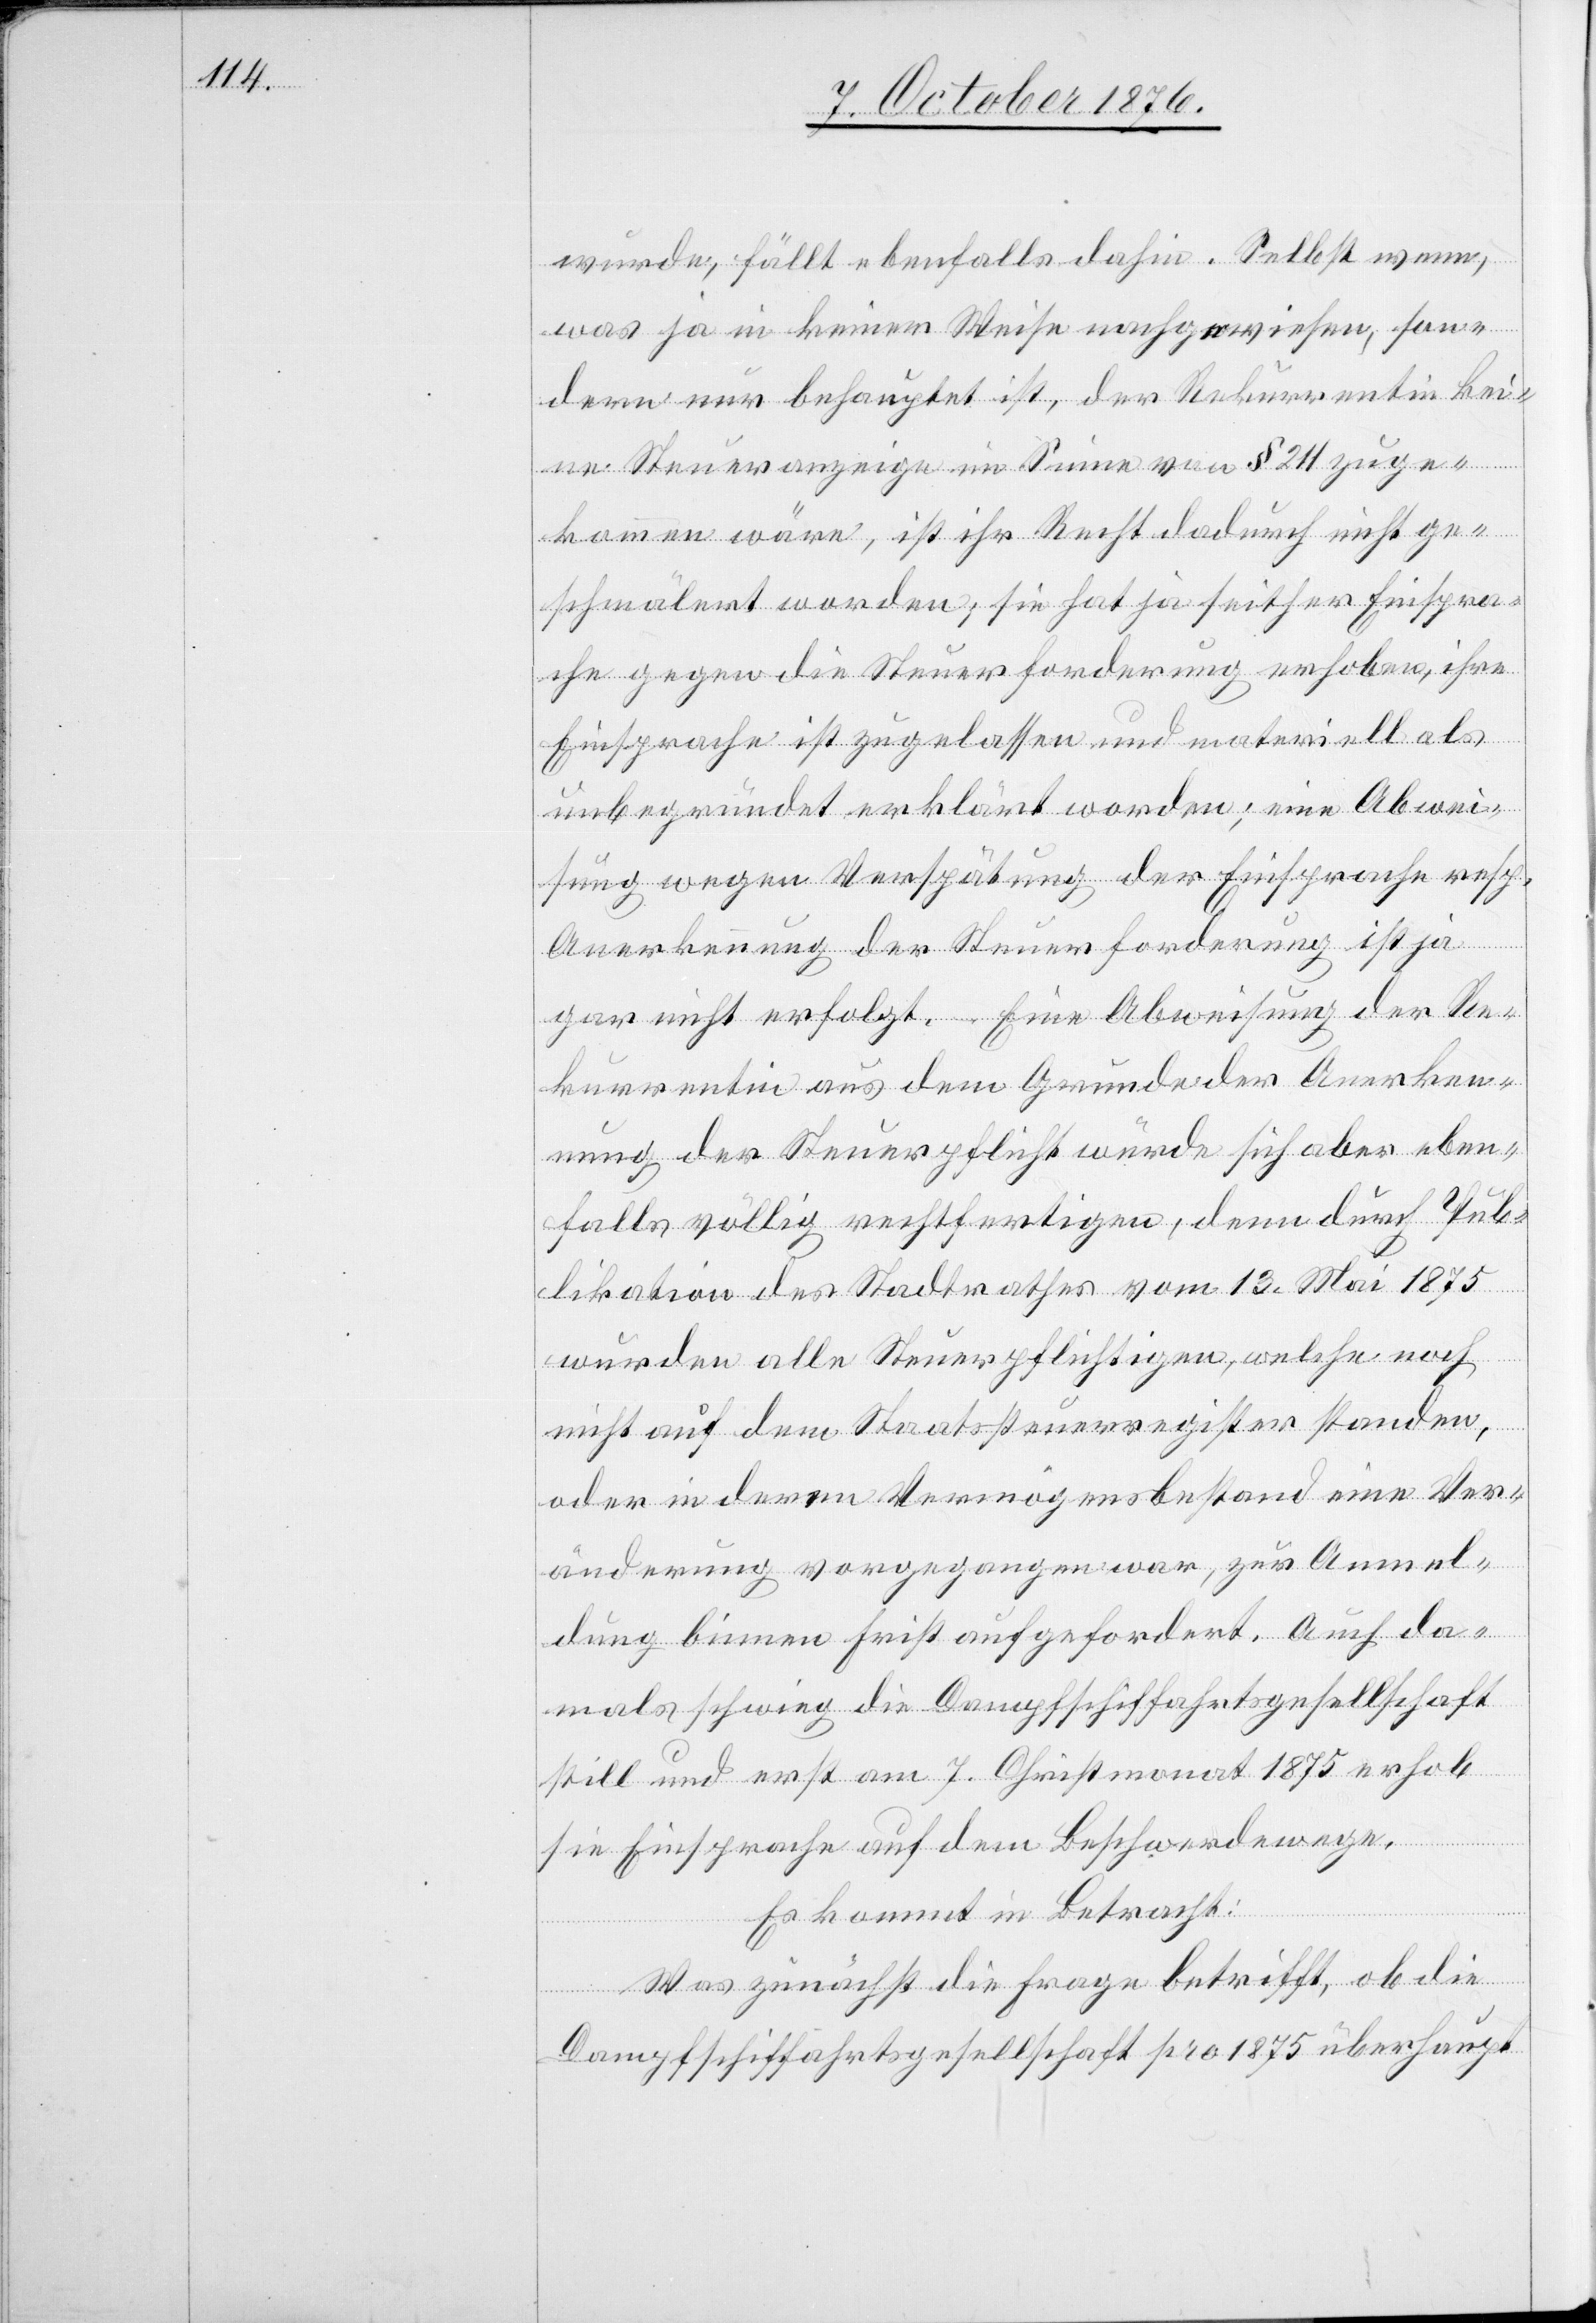
wurde, fällt ebenfalls dahin. Selbst wenn,
was ja in keiner Weise nachgewiesen, son¬
dern nur behauptet ist, der Rekurrentin kei¬
ne Steueranzeige im Sinne von § 211 zuge¬
kommen wäre, ist ihr Recht dadurch nicht ge¬
schmälert worden; sie hat ja seither Einspra¬
che gegen die Steuerforderung erhoben, ihre
Einsprache ist zugelassen und materiell als
unbegründet erklärt worden; eine Abwei¬
sung wegen Verspätung der Einsprache resp.
Anerkennung der Steuerforderung ist ja
gar nicht erfolgt. Eine Abweisung der Re¬
kurrentin aus dem Grunde der Anerken¬
nung der Steuerpflicht würde sich aber eben¬
falls völlig rechtfertigen, denn durch Pub¬
likation des Stadtrathes vom 13. Mai 1875
wurden alle Steuerpflichtigen, welche noch
nicht auf dem Staatssteuerregister standen,
oder in deren Vermögensbestand eine Ver¬
änderung vorgegangen war, zur Anmel¬
dung binnen Frist aufgefordert. Auch da¬
mals schwieg die Dampfschiffahrtsgesellschaft
still und erst am 7. Christmonat 1875 erhob
sie Einsprache auf dem Beschwerdewege.
Es kommt in Betracht:
Was zunächst die Frage betrifft, ob die
Dampfschiffahrtsgesellschaft pro 1875 überhaupt